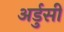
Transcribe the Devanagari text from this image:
अर्डुसी